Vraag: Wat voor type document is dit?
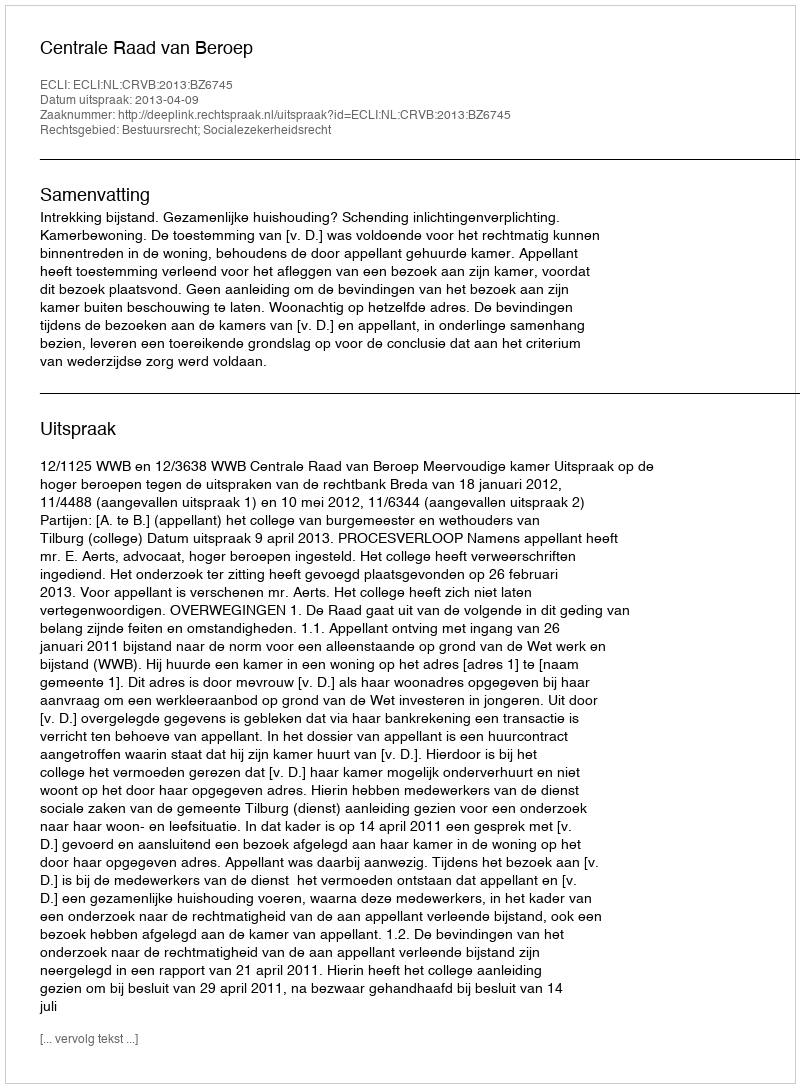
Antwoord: Uitspraak